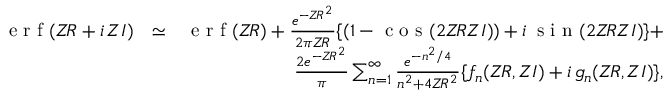
\begin{array} { r l r } { \textnormal { e r f } ( Z \! R + i \, Z I ) } & { \simeq } & { \textnormal { e r f } ( Z \! R ) + \frac { e ^ { - Z \! R ^ { 2 } } } { 2 \pi Z \! R } \{ ( 1 - \textnormal { c o s } ( 2 Z \! R Z I ) ) + i \, \textnormal { s i n } ( 2 Z \! R Z I ) \} + } \\ & { ~ } & { \frac { 2 e ^ { - Z \! R ^ { 2 } } } { \pi } \sum _ { n = 1 } ^ { \infty } \frac { e ^ { - n ^ { 2 } / 4 } } { n ^ { 2 } + 4 Z \! R ^ { 2 } } \{ f _ { n } ( Z \! R , Z I ) + i \, g _ { n } ( Z \! R , Z I ) \} , } \end{array}